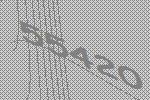
55420